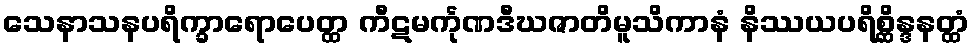
သေနာသနပရိက္ခာရောပေတ္ထ ကီဋမင်္ကုဏဒီဃဇာတိမူသိကာနံ နိဿယပရိစ္ဆိန္ဒနတ္ထံ